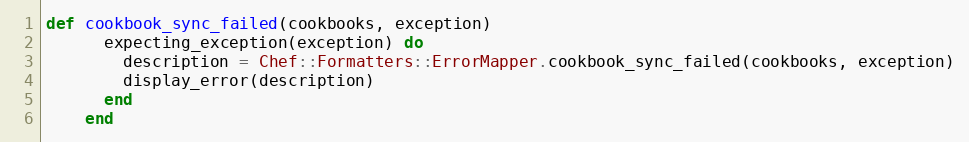
Language: Ruby
def cookbook_sync_failed(cookbooks, exception)
      expecting_exception(exception) do
        description = Chef::Formatters::ErrorMapper.cookbook_sync_failed(cookbooks, exception)
        display_error(description)
      end
    end